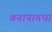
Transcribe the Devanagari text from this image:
बनायातथा